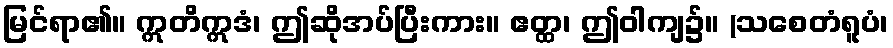
မြင်ရာ၏။ ဣတိဣဒံ၊ ဤဆိုအပ်ပြီးကား။ ဧတ္ထ၊ ဤဝါကျ၌။ (သစေတံရူပံ၊